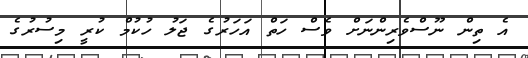
އެ ތިން ނޫސްވެރިންނަށް ވެސް ހަތް އަހަރުގެ ޖަލު ހުކުމް ކުރީ މިސުރުގެ